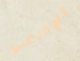
الإذاعي